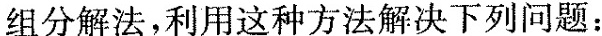
组分解法，利用这种方法解决下列问题：